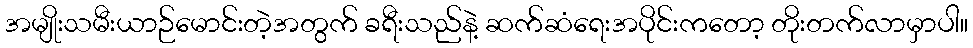
အမျိုးသမီးယာဉ်မောင်းတဲ့အတွက် ခရီးသည်နဲ့ ဆက်ဆံရေးအပိုင်းကတော့ တိုးတက်လာမှာပါ။